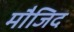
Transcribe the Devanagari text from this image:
मौजिद